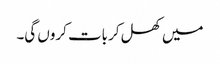
میں کھل کر بات کروں گی۔